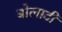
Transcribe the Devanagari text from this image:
बोलाटी